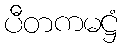
ပီတကမဋ္ဌံ